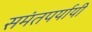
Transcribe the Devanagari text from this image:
समंतपर्यायी